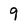
Character: 9